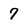
Character: 7